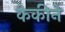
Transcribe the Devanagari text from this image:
केकीने